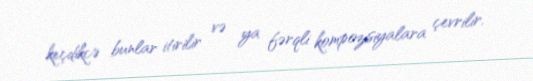
keçdikcə bunlar itirilir və ya fərqli kompozisiyalara çevrilir.